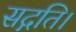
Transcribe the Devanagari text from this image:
सद्गति।